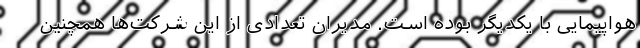
هواپیمایی با یکدیگر بوده است. مدیران تعدادی از این شرکت‌ها همچنین